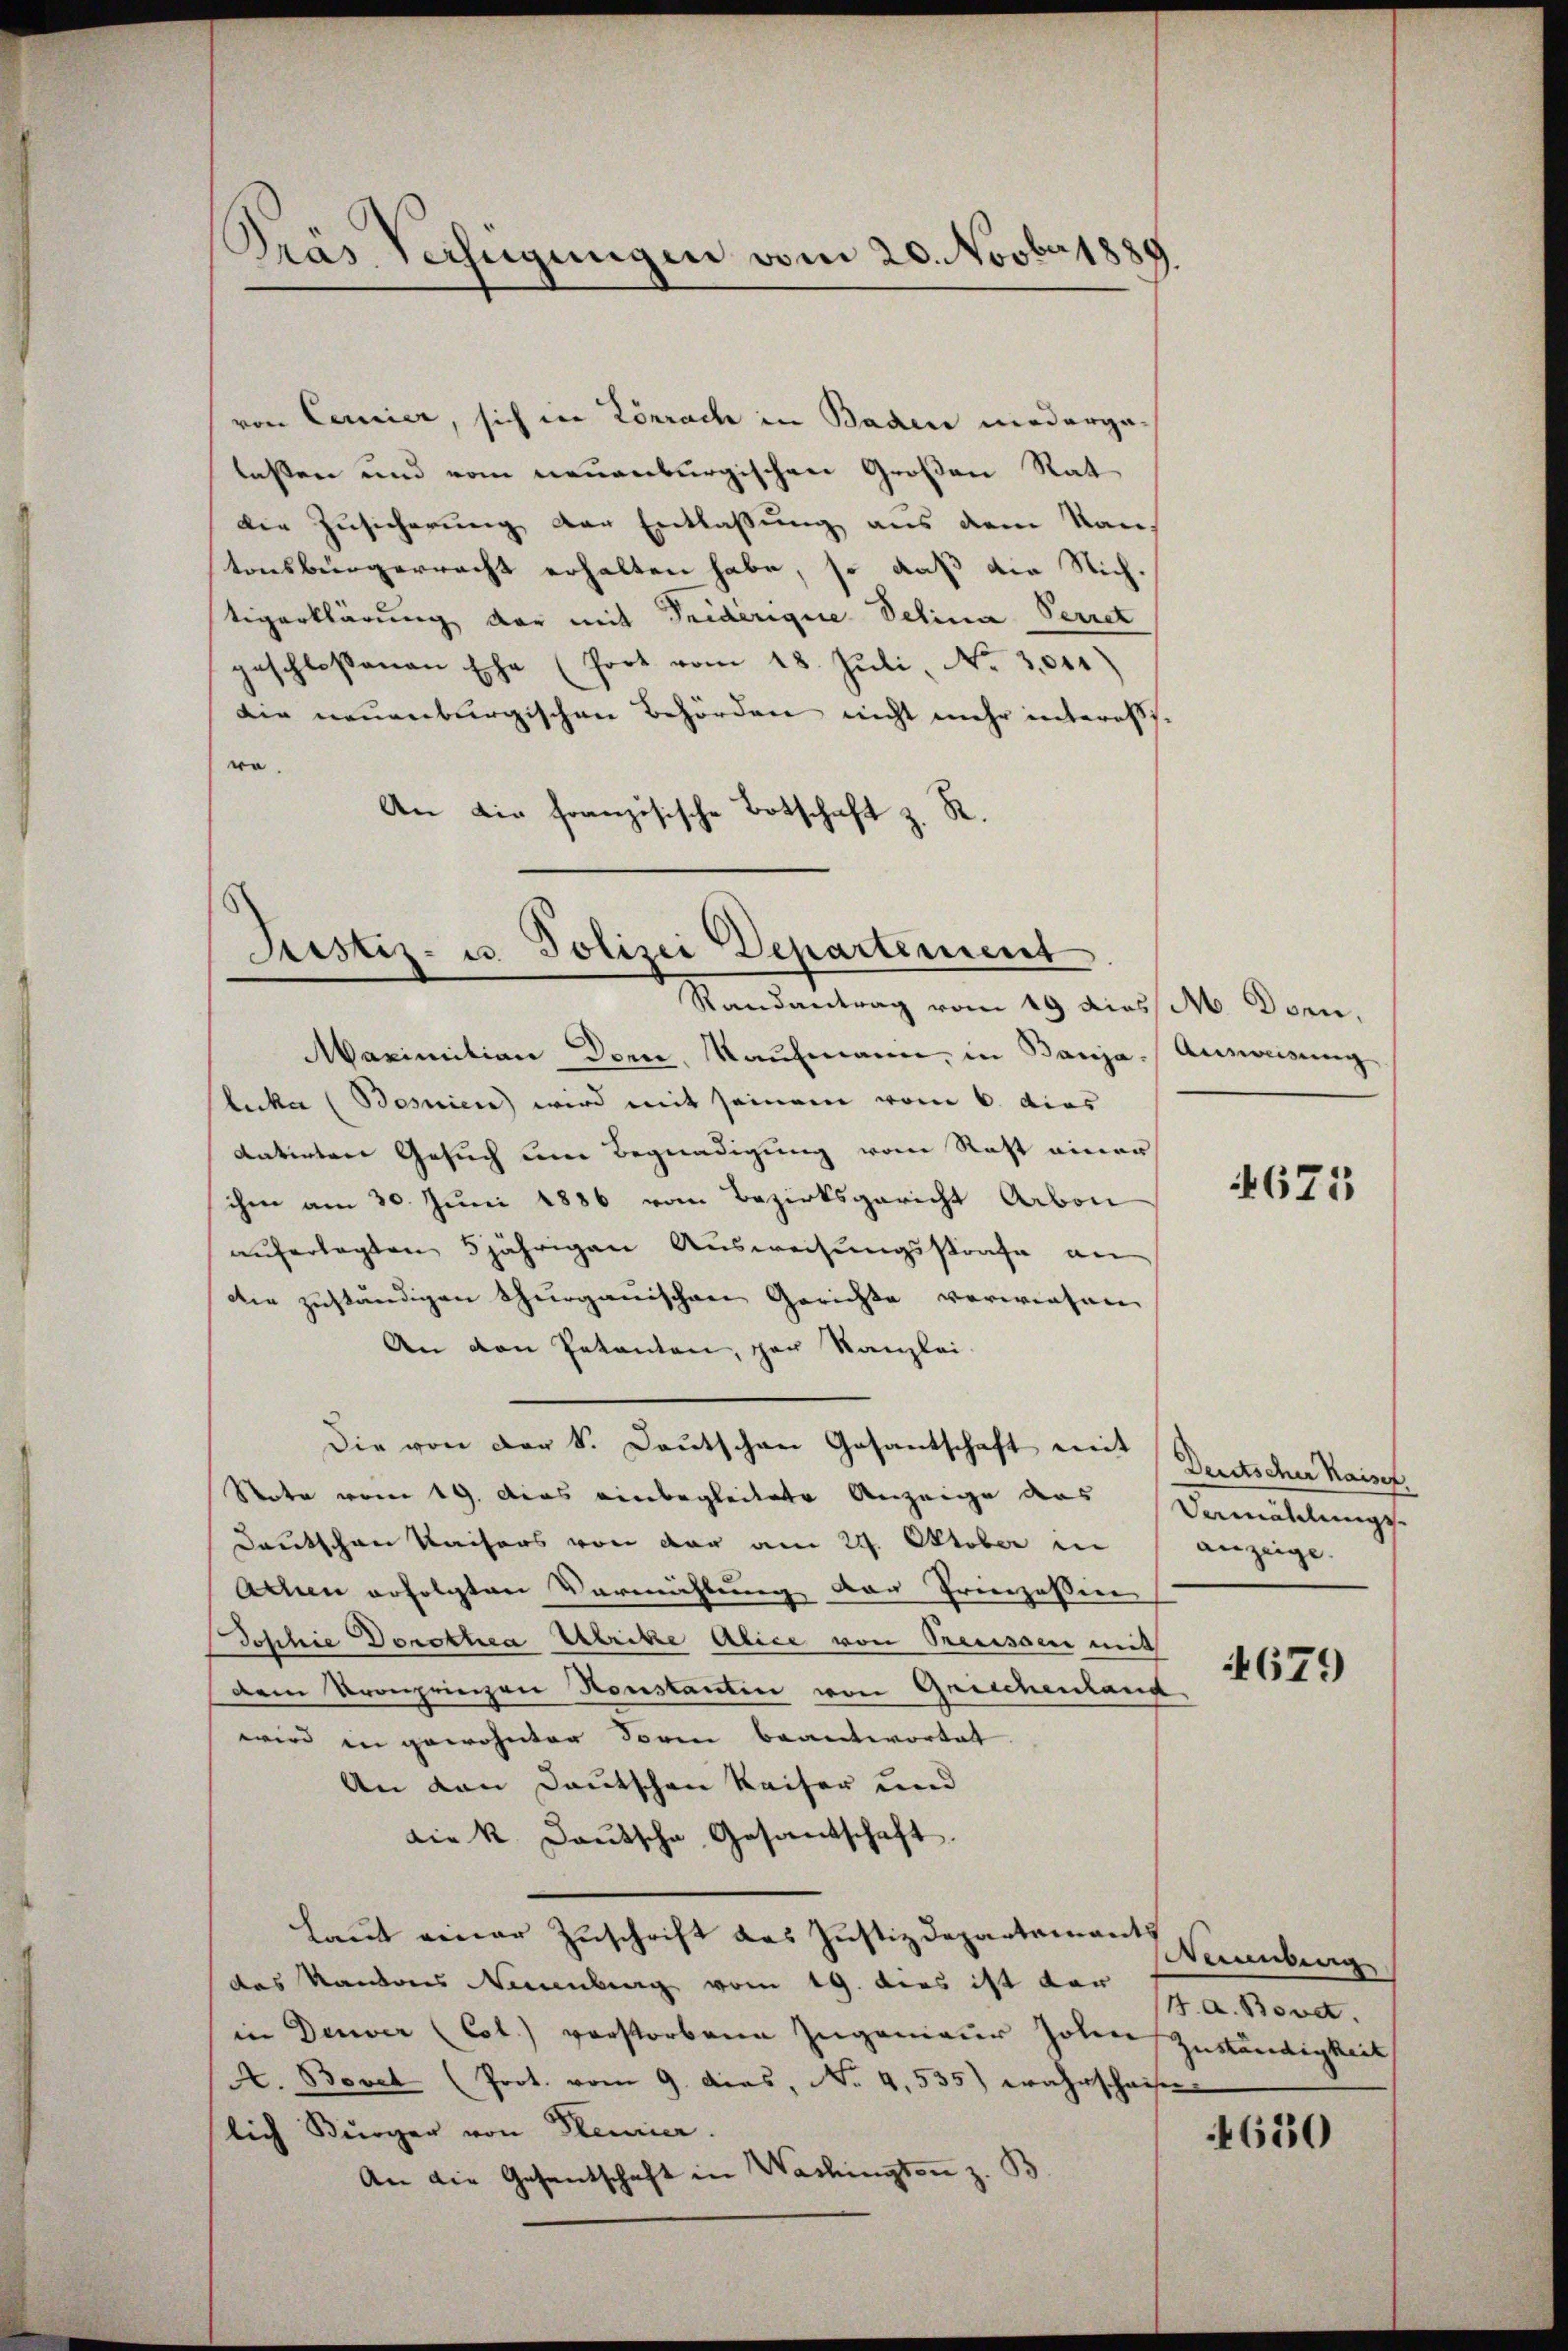
Prás Verfügungen vom 20. Novbr 1889.

von Cernier, sich in Lörrach in Baden niedergalassen und vom neuenburgischen Großen Rat
die Zusicherung der Entlaßung aus dem Kan-
tonsbürgerrecht erhalten habe, so daß die Stich.
tigerklärung der mit Triderigue Selina Perret
geschlossenen Ehe (fort vom 18. Jŭli No 3011)
die neuenburgischen Behörden nicht mehr interesse
ro.
An die französische Botschaft z. R.

Justiz- u. Polizei Departement

Randantrag vom 19 diess M. Dorn,
Maximition der, Kaufmann, in Banja-Ausweisung
luka (Bosnien) wird mit seinem vom 6. dies
datirten Gesuch um Begnadigung vom Rest einer
ihm am 30. Juni 1886 vom Bezirksgericht Arbon
auferlegten 5jährigen Ausweisungsstrafe an
die zuständigen Thurgauischen Gerichte verwiesen
An den Petenten, par Kanzlei-
Die von der S. Deutschen Gesantschaft mit
Note vom 19. Das einbegleitete Anzeige des Vermählungs-
Deutschen Kaisers von der am 24. Oktober in
Acten erfolgten Vermächtung der Prinzessin
Joschie Dorothea Utrikte Alice von Prenissen mit
dem Kronprinzen Konstantin von Greichenland
wird in gewohnten Form beantwortet.
An den Deutschen Kaiser und
die k. Deutsche Gesantschaft.
Laut einer Zuschrift das Justizdepartements
des Kantons Neuenburg vom 19. dies ist der a. Bovet.
in Deuver (Col.) verstorbene Zugenieur hohen Zuständigkeit
A. Bovet (Prot. vom 9. dies, No 4,535) wahrschaisen
lich Bürger von Plenier.
An die Gesentschaft in Washingten z. B.

4675

Deutscher Kaiser
anzeige.

4679

Weinberg

650